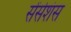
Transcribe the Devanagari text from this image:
सेंसेशंस